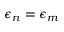
\epsilon _ { n } = \epsilon _ { m }